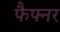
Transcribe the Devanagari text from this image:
फैफ्नर